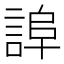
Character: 𧨮